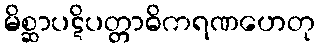
မိစ္ဆာပဋိပတ္တာဓိကရဏဟေတု